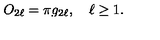
O _ { 2 \ell } = \pi g _ { 2 \ell } , \quad \ell \ge 1 .